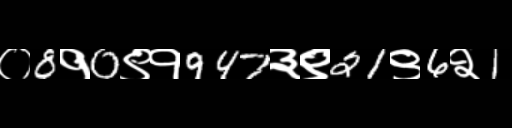
Text: ०8१0९१947३९21९6२1